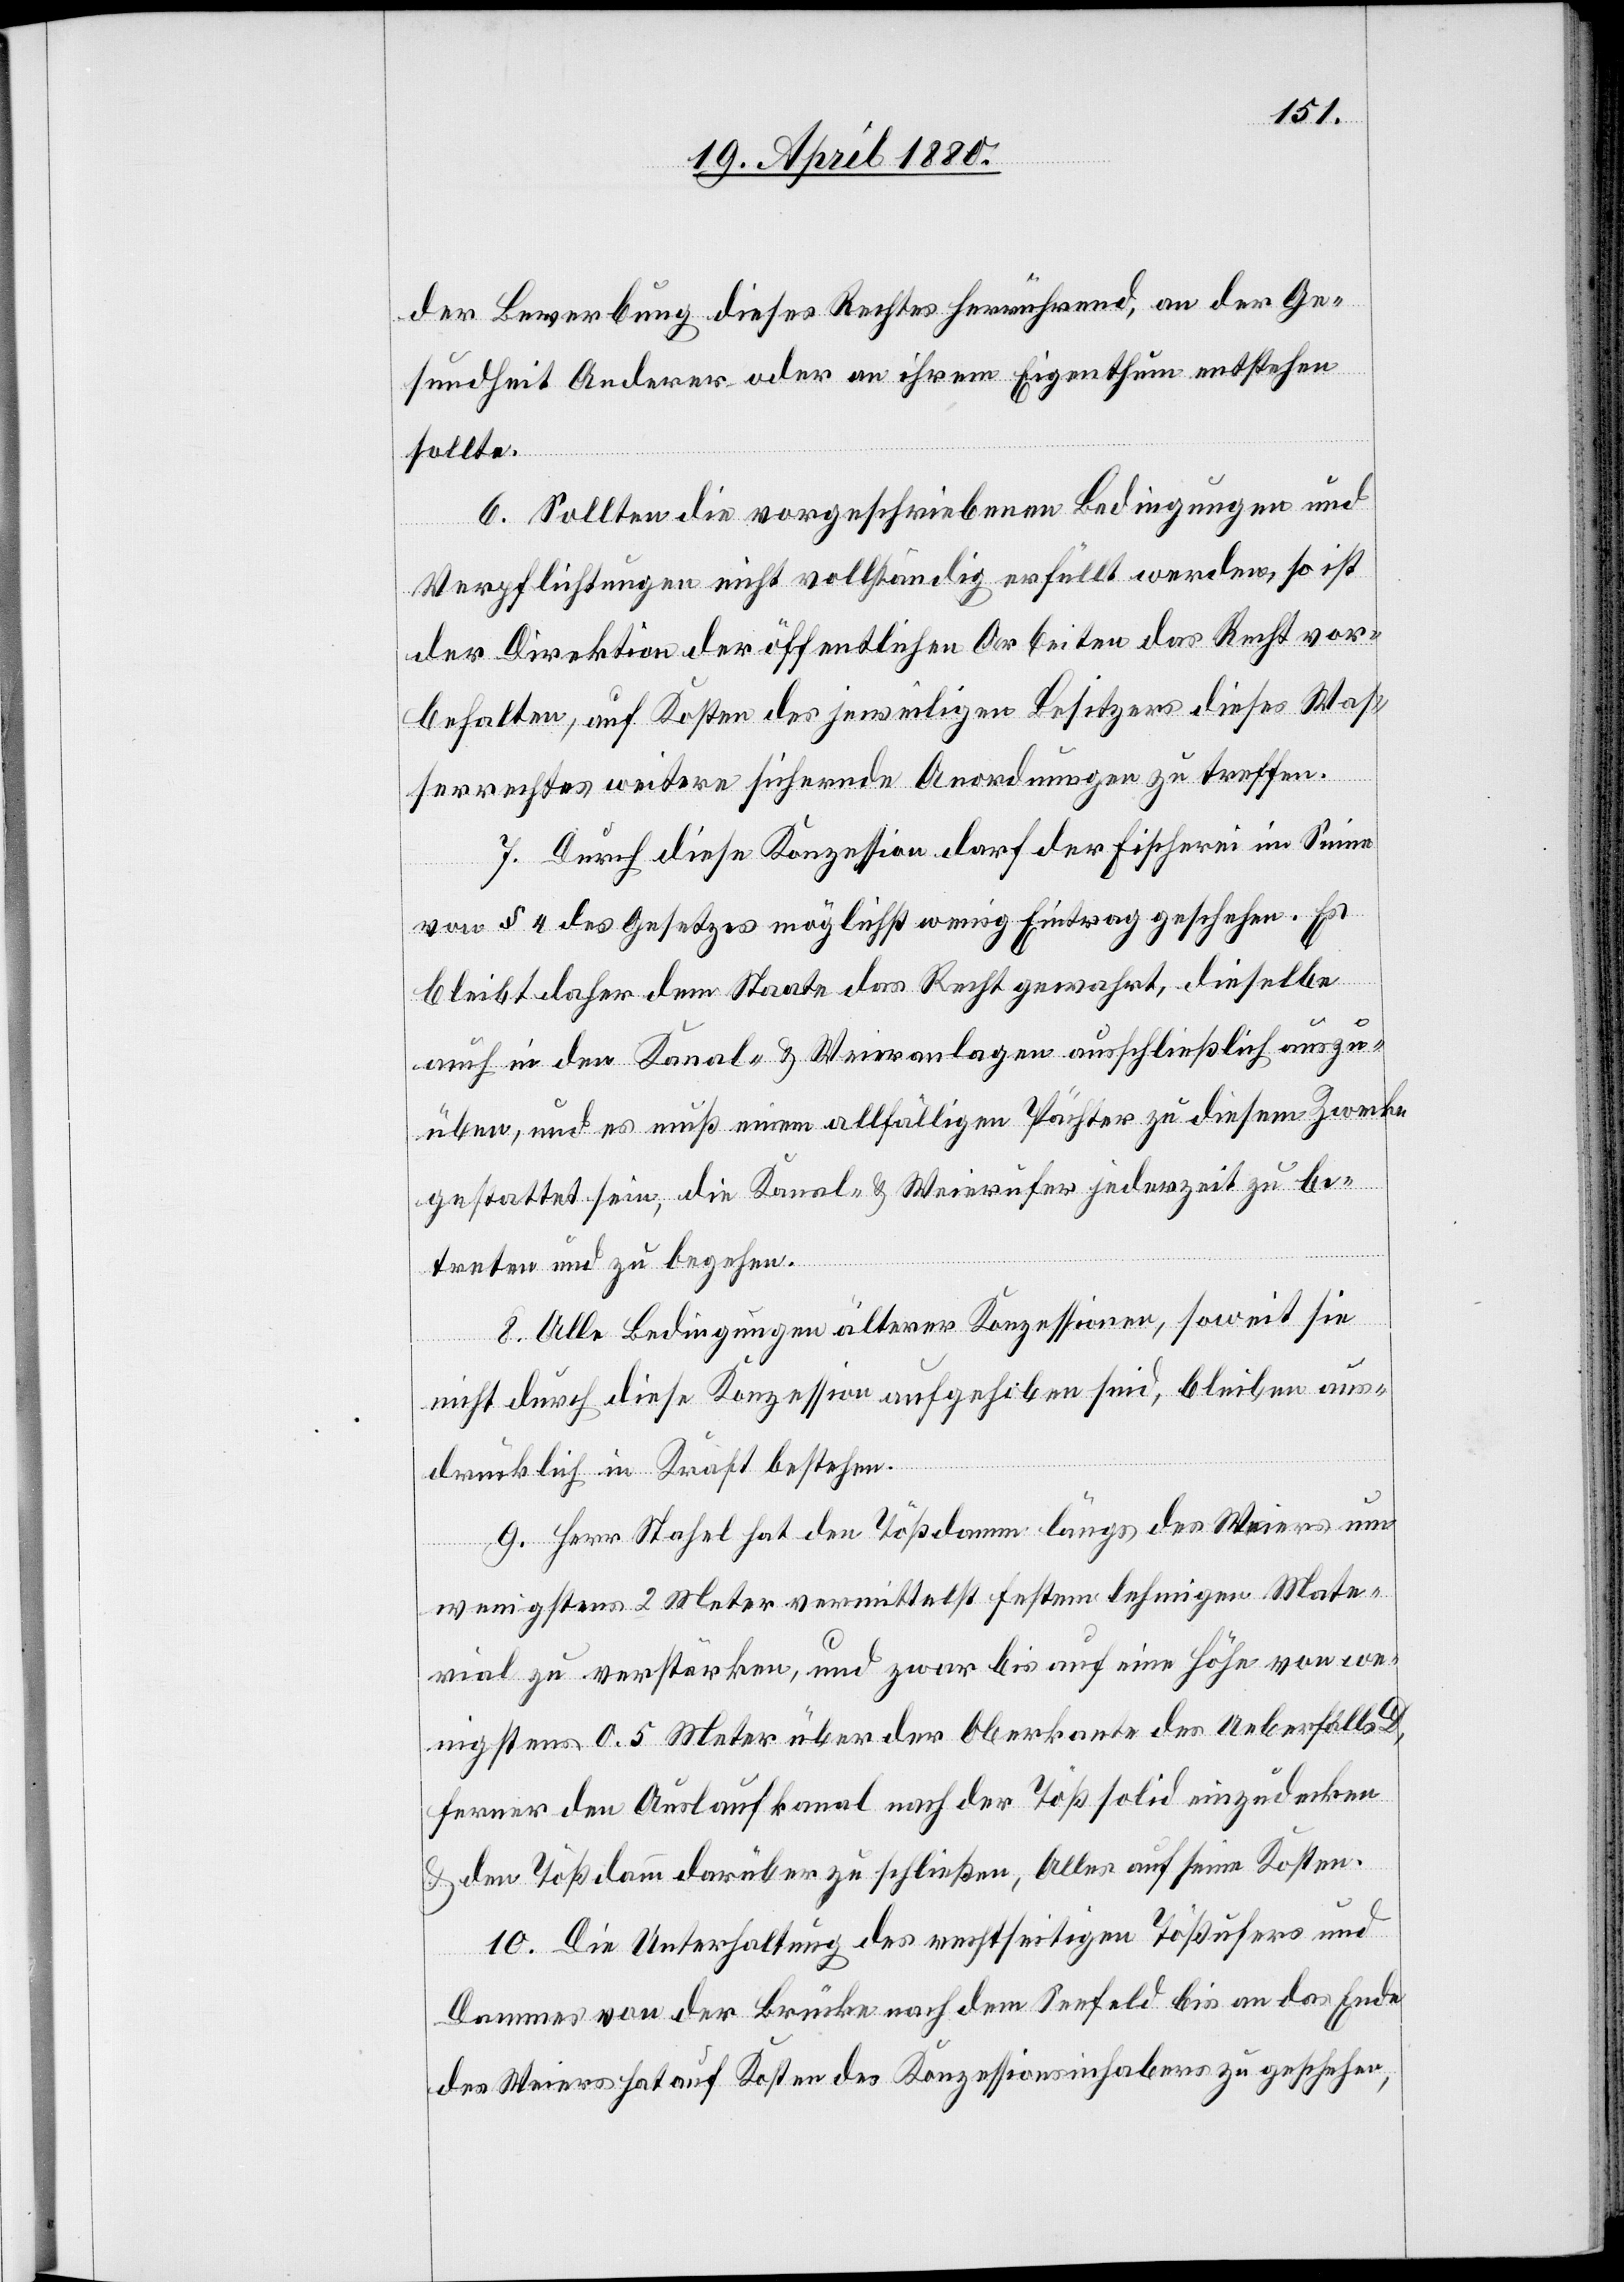
der Bewerbung dieses Rechtes herrührend, an der Ge¬
sundheit Anderer oder an ihrem Eigenthum entstehen
sollte.
6. Sollten die vorgeschriebenen Bedingungen und
Verpflichtungen nicht vollständig erfüllt werden, so ist
der Direktion der öffentlichen Arbeiten das Recht vor¬
behalten, auf Kosten des jeweiligen Besitzers dieses Was¬
serrechtes weitere sichernde Anordnungen zu treffen.
7. Durch diese Konzession darf der Fischerei im Sinne
von § 4 des Gesetzes möglichst wenig Eintrag geschehen. Es
bleibt daher dem Staate das Recht gewahrt, dieselbe
auch in den Kanal- & Weieranlagen ausschließlich auszu¬
üben, und es muß einem allfälligen Pächter zu diesem Zwecke
gestattet sein, die Kanal- & Weierufer jederzeit zu be¬
treten und zu begehen.
8. Alle Bedingungen älterer Konzessionen, soweit sie
nicht durch die Konzession aufgehoben sind, bleiben aus¬
drücklich in Kraft bestehen.
9. Herr Stahel hat den Tößdamm längs des Weiers um
wenigstens 2 Meter vermittelst festem lehmigen Mate¬
rial zu verstärken, und zwar bis auf eine Höhe von we¬
nigstens 0.5 Meter über der Oberkante des Ueberfalls
ferner den Auslaufkanal nach der Töß solid einzudecken
& den Tößdamm darüber zu schließen, Alles auf seine Kosten.
10. Die Unterhaltung des rechtseitigen Tößufers und
Dammes von der Brücke nach dem Seefeld bis an das Ende
des Weiers hat auf Kosten des Konzessionsinhabers zu geschehen,